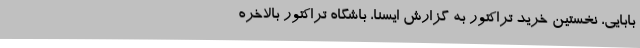
بابایی، نخستین خرید تراکتور به گزارش ایسنا، باشگاه تراکتور بالاخره